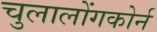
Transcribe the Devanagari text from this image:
चुलालोंगकोर्न